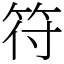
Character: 符